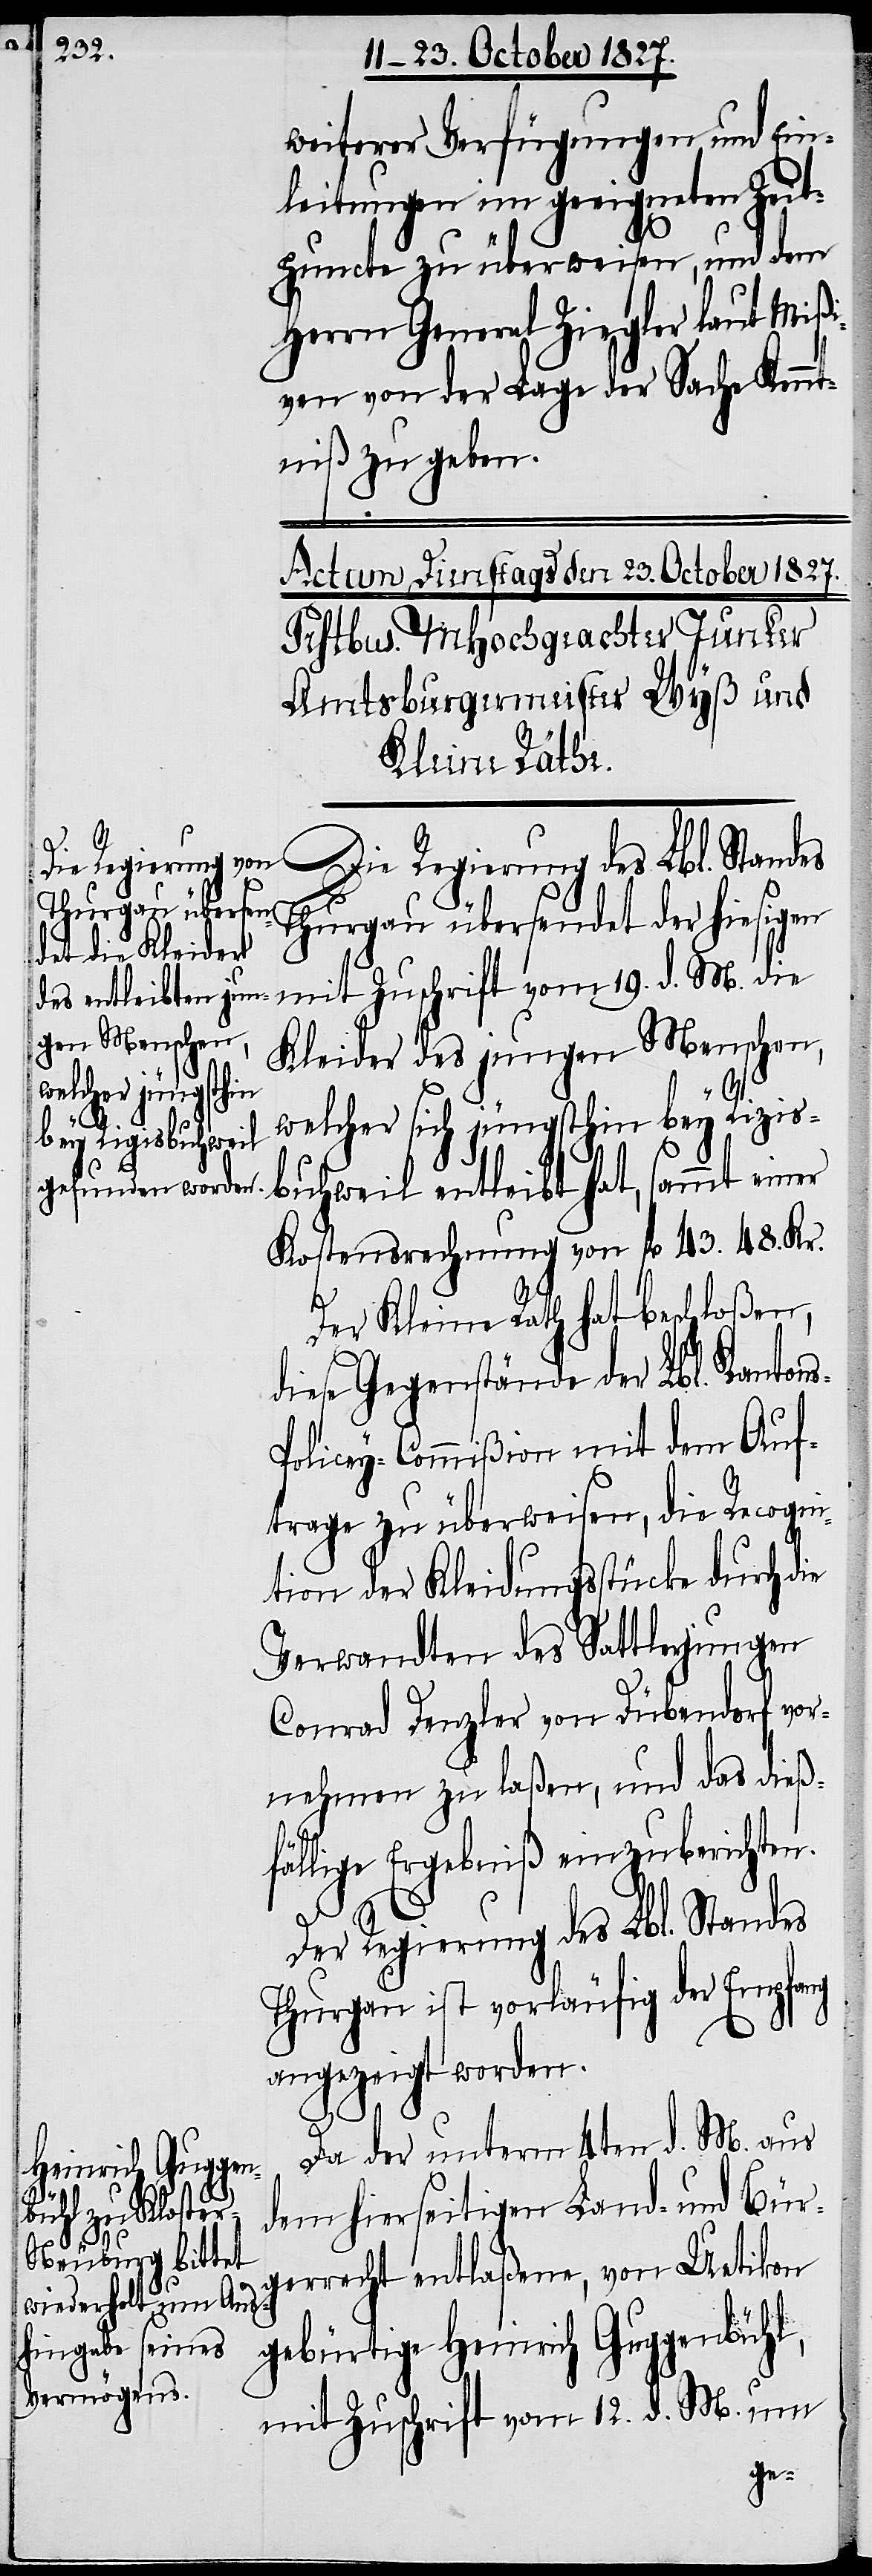
s-P¬

weiterer Verfügungen und Ein¬
leitungen im geeigneten Zeit¬
puncte zu überweisen, und dem
Herrn General Ziegler laut Mißi¬
ven von der Lage der Sache Kennt¬
niß zu geben.
Die Regierung des Lbl. Standes
Thurgau übersendet der hiesigen
mit Zuschrift vom 19. d. M. die
Kleider des jungen Menschen,
welcher sich jüngsthin bey Rizis¬
buchweil entleibt hat, sammt einer
Kostensberechnung von fl. 43. 48. Kr.
Der Kleine Rath hat beschloßen,
diese Gegenstände der Lbl. Kanton¬
olicey-Commißion mit dem Auf¬
trage zu überweisen, die Recogni¬
tion der Kleidungsstücke durch die
Verwandten des Sattlerjungen
Conrad Denzler von Dübendorf, vo¬
rnehmen zu laßen, und das dieß¬
fällige Ergebniß einzuberichten.
Der Regierung des Lbl. Standes
Thurgau ist vorläufig der Empfang
angezeigt worden.
Da der unterm 4ten d. M. aus
dem hierseitigen Land- und Bür¬
gerrecht entlaßene, von Uetikon
gebürtige Heinrich Guggenbühl,
mit Zuschrift vom 12. d. M. um